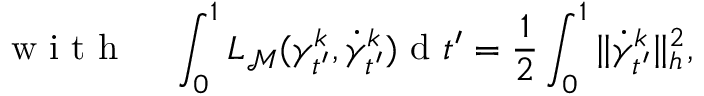
\mathrm { ~ w ~ i ~ t ~ h ~ } \; \; \; \; \int _ { 0 } ^ { 1 } L _ { { \mathcal { M } } } ( \gamma _ { t ^ { \prime } } ^ { k } , \dot { \gamma } _ { t ^ { \prime } } ^ { k } ) \mathrm { ~ d ~ } t ^ { \prime } = \frac { 1 } { 2 } \int _ { 0 } ^ { 1 } \| \dot { \gamma } _ { t ^ { \prime } } ^ { k } \| _ { h } ^ { 2 } ,